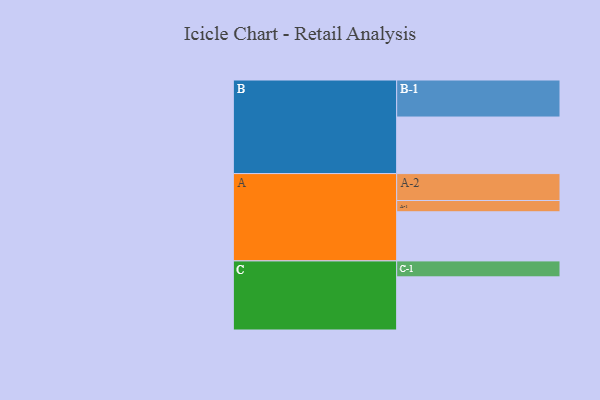
{"axis": {"x": "Segment", "y": "Value"}, "legend": ["", "A", "B", "C"], "data": [{"x": "A", "y": 345, "type": ""}, {"x": "B", "y": 397, "type": ""}, {"x": "C", "y": 373, "type": ""}, {"x": "A-1", "y": 79, "type": "A"}, {"x": "A-2", "y": 189, "type": "A"}, {"x": "B-1", "y": 260, "type": "B"}, {"x": "C-1", "y": 112, "type": "C"}]}